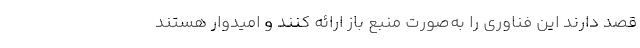
قصد دارند این فناوری را به‌صورت منبع باز ارائه کنند و امیدوار هستند